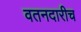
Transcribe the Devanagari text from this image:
वतनदारीच